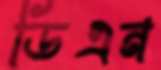
ডিএন